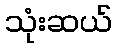
သုံးဆယ်